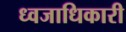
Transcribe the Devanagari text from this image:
ध्वजाधिकारी